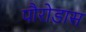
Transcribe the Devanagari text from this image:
पौरोडास